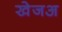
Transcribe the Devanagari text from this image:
खेजअ